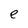
Character: e